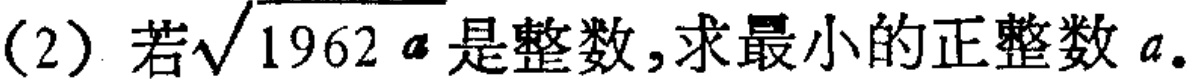
(2) 若$\sqrt{1962a}$是整数，求最小的正整数$a$。